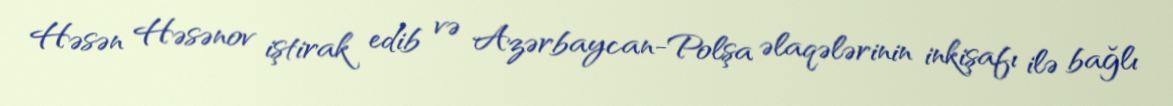
Həsən Həsənov iştirak edib və Azərbaycan-Polşa əlaqələrinin inkişafı ilə bağlı